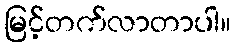
မြင့်တက်လာတာပါ။